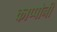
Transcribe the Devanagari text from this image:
काप्पोनी